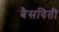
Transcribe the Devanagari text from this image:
बैसविती